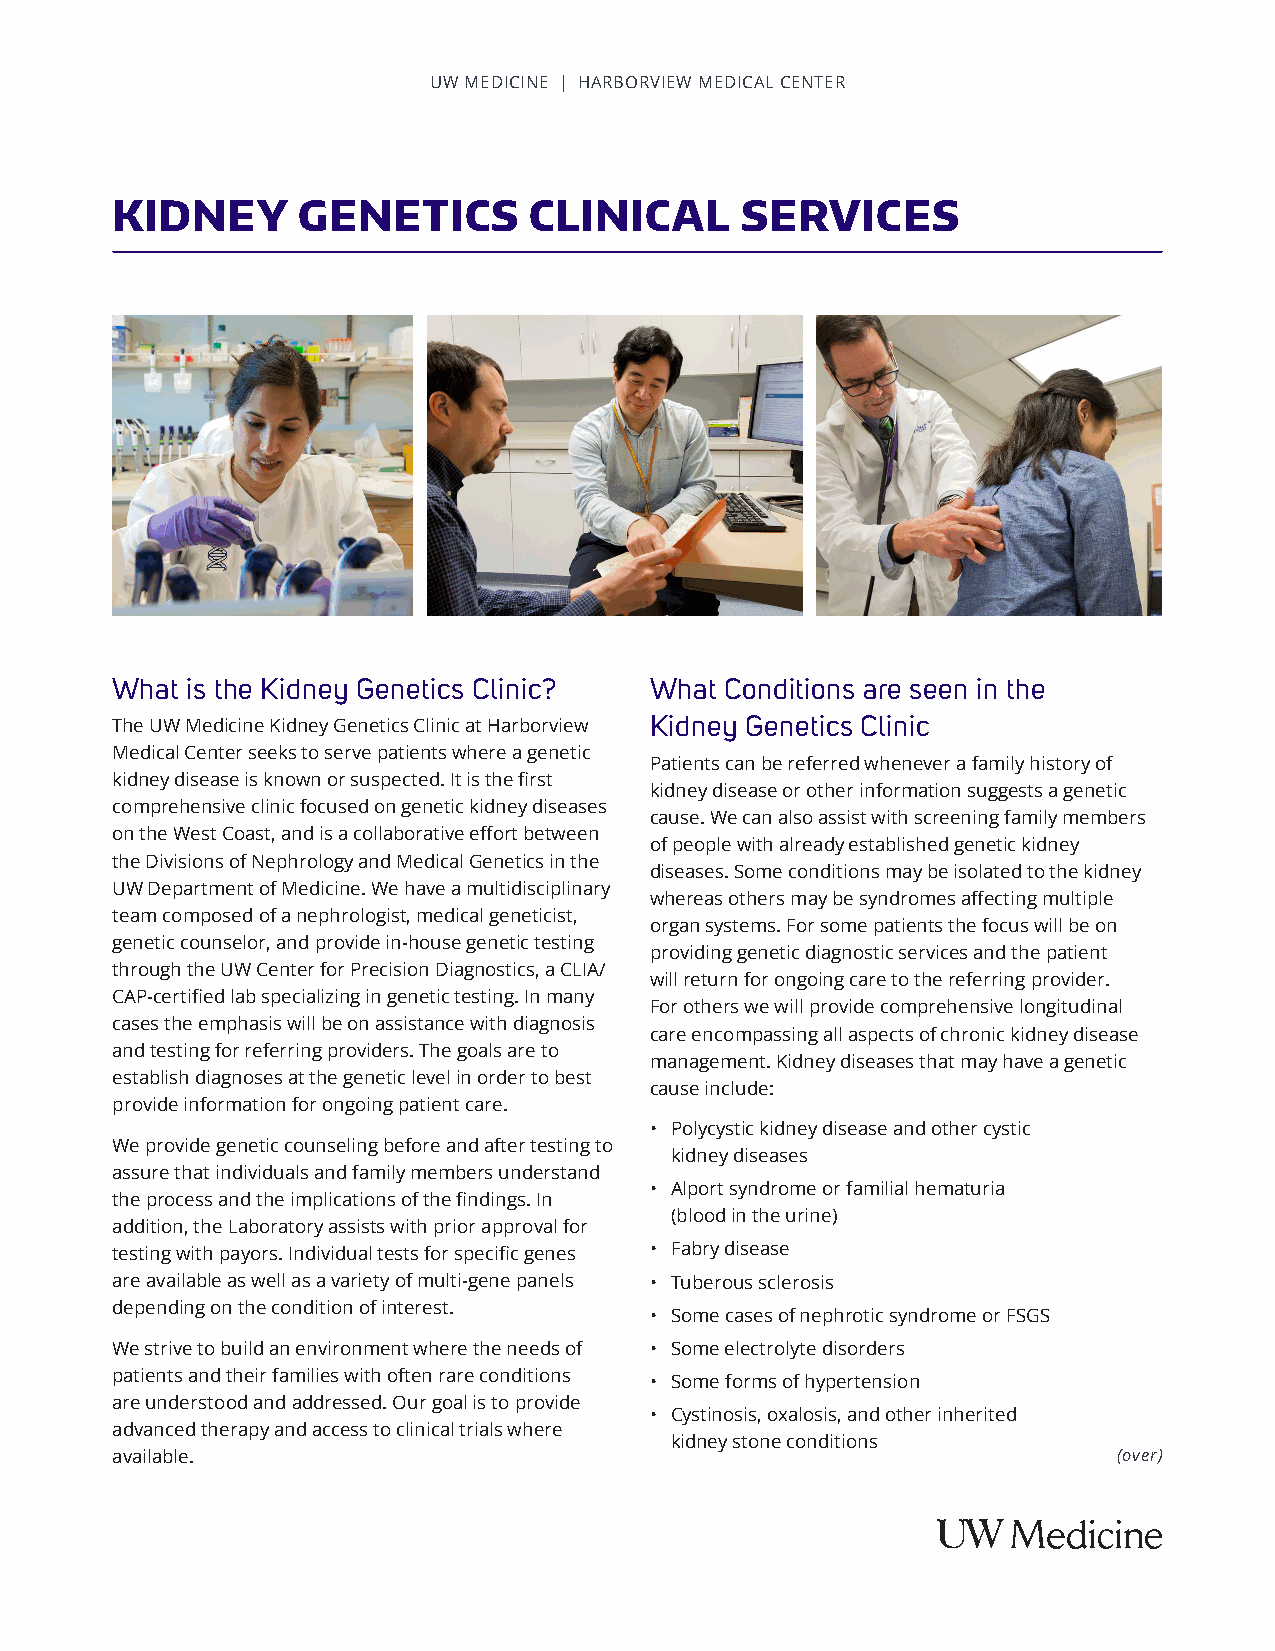
UW MEDICINE | HARBORVIEW MEDICAL CENTER
 KIDNEY       GENETICS       CLINICAL      SERVICES
 What is the Kidney Genetics Clinic? What Conditions are seen in the
 The UW Medicine Kidney Genetics Clinic at Harborview Kidney Genetics Clinic
 Medical Center seeks to serve patients where a genetic
 Patients can be referred whenever a family history of
 kidney disease is known or suspected. It is the first
 kidney disease or other information suggests a genetic
 comprehensive clinic focused on genetic kidney diseases
 cause. We can also assist with screening family members
 on the West Coast, and is a collaborative effort between
 of people with already established genetic kidney
 the Divisions of Nephrology and Medical Genetics in the
 diseases. Some conditions may be isolated to the kidney
 UW Department of Medicine. We have a multidisciplinary
 whereas others may be syndromes affecting multiple
 team composed of a nephrologist, medical geneticist,
 organ systems. For some patients the focus will be on
 genetic counselor, and provide in-house genetic testing
 providing genetic diagnostic services and the patient
 through the UW Center for Precision Diagnostics, a CLIA/
 will return for ongoing care to the referring provider.
 CAP-certified lab specializing in genetic testing. In many
 For others we will provide comprehensive longitudinal
 cases the emphasis will be on assistance with diagnosis
 care encompassing all aspects of chronic kidney disease
 and testing for referring providers. The goals are to
 management. Kidney diseases that may have a genetic
 establish diagnoses at the genetic level in order to best
 cause include:
 provide information for ongoing patient care.
 • Polycystic kidney disease and other cystic
 We provide genetic counseling before and after testing to
 kidney diseases
 assure that individuals and family members understand
 • Alport syndrome or familial hematuria
 the process and the implications of the findings. In
 (blood in the urine)
 addition, the Laboratory assists with prior approval for
 testing with payors. Individual tests for specific genes • Fabry disease
 are available as well as a variety of multi-gene panels • Tuberous sclerosis
 depending on the condition of interest.
 • Some cases of nephrotic syndrome or FSGS
 We strive to build an environment where the needs of • Some electrolyte disorders
 patients and their families with often rare conditions • Some forms of hypertension
 are understood and addressed. Our goal is to provide
 • Cystinosis, oxalosis, and other inherited
 advanced therapy and access to clinical trials where
 kidney stone conditions
 available.                                                         (over)